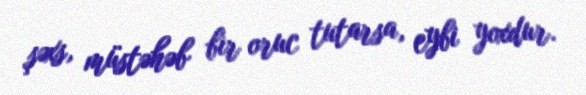
şəxs, müstəhəb bir oruc tutarsa, eybi yoxdur.